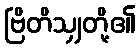
ဗြိတိသျှတို့၏